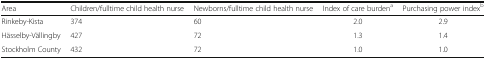
<table><thead><tr><td><b>Area</b></td><td><b>Children/fulltime child health nurse</b></td><td><b>Newborns/fulltime child health nurse</b></td><td><b>Index of care burden<sup>a</sup></b></td><td><b>Purchasing power index<sup>b</sup></b></td></tr></thead><tbody><tr><td>Rinkeby-Kista</td><td>374</td><td>60</td><td>2.0</td><td>2.9</td></tr><tr><td>Hässelby-Vällingby</td><td>427</td><td>72</td><td>1.3</td><td>1.4</td></tr><tr><td>Stockholm County</td><td>432</td><td>72</td><td>1.0</td><td>1.0</td></tr></tbody></table>